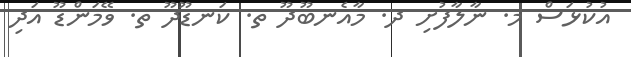
އުކުޅަސް މ. ނާލާފުށި ދ. މާއެނބޫދޫ ތ. ކަނޑޫދޫ ތ. ވޭމަންޑޫ އަދި